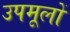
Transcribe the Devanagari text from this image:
उपमूलों